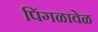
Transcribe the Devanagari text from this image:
पिंगळावेळ